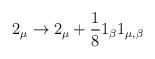
LaTeX: \begin{align*}2_{\mu} \rightarrow 2_{\mu} + \frac{1}{8} 1_{\beta} 1_{\mu , \beta}\end{align*}